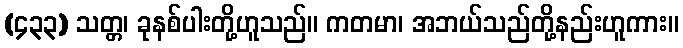
(၄၃၃) သတ္တ၊ ခုနစ်ပါးတို့ဟူသည်။ ကတမာ၊ အဘယ်သည်တို့နည်းဟူကား။